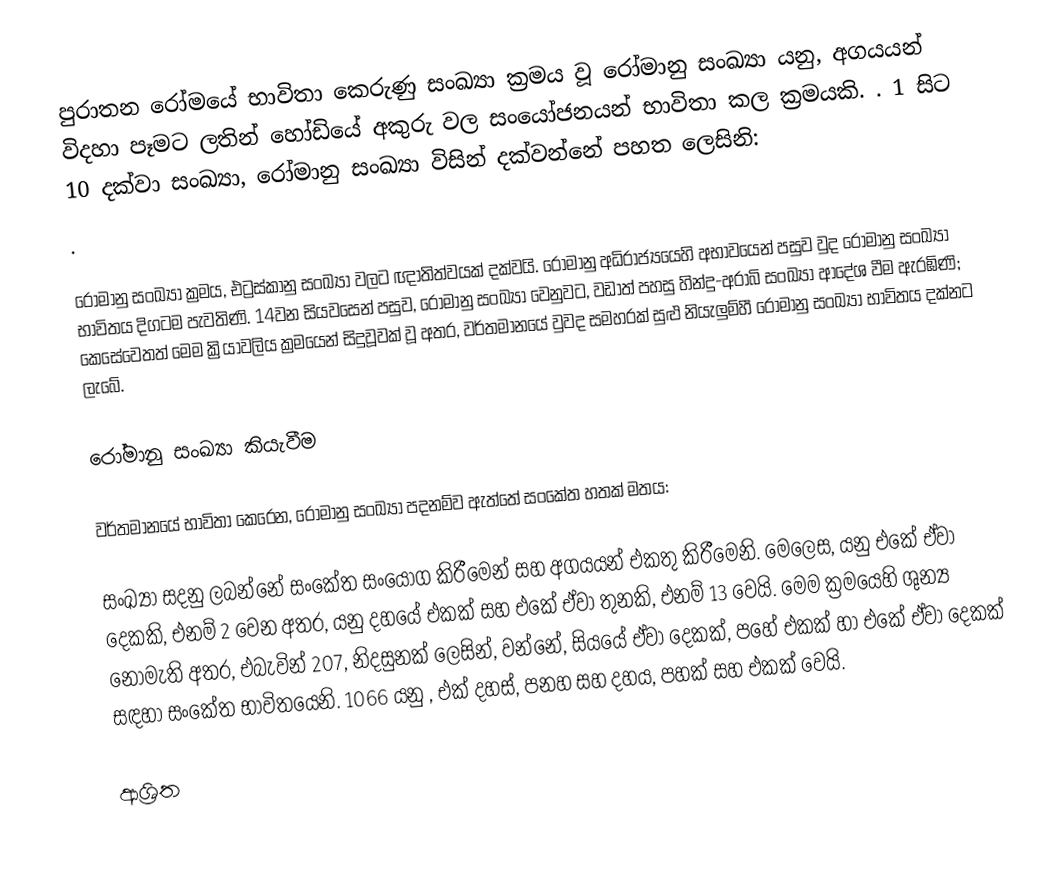
පුරාතන රෝමයේ භාවිතා කෙරුණු සංඛ්‍යා ක්‍රමය වූ රෝමානු සංඛ්‍යා යනු, අගයයන් විදහා පෑමට ලතින් හෝඩියේ අකුරු වල සංයෝජනයන් භාවිතා කල ක්‍රමයකි. .  1 සිට 10 දක්වා සංඛ්‍යා, රෝමානු සංඛ්‍යා විසින් දක්වන්නේ පහත ලෙසිනි:
.

රෝමානු සංඛ්‍යා ක්‍රමය,  එට්‍රස්කානු සංඛ්‍යා වලට ඥාතිත්වයක් දක්වයි. රෝමානු අධිරාජ්‍යයෙහි අභාවයෙන් පසුව වුද රෝමානු සංඛ්‍යා භාවිතය දිගටම පැවතිණි.  14වන සියවසෙන් පසුව, රෝමානු සංඛ්‍යා වෙනුවට, වඩාත් පහසු  හින්දු-අරාබි සංඛ්‍යා ආදේශ වීම ඇරඹිණි; කෙසේවෙතත් මෙම ක්‍රියාවලිය ක්‍රමයෙන් සිදුවූවක් වූ අතර, වර්තමානයේ වුවද සමහරක් සුළු නියැලුම්හී රෝමානු සංඛ්‍යා භාවිතය දක්නට ලැබේ.

රෝමානු සංඛ්‍යා කියැවීම

වර්තමානයේ භාවිතා කෙරෙන, රෝමානු සංඛ්‍යා පදනම්ව ඇත්තේ සංකේත හතක් මතය:

සංඛ්‍යා සදනු ලබන්නේ සංකේත සංයෝග කිරීමෙන් සහ අගයයන් එකතු කිරීමෙනි. මෙලෙස,   යනු එකේ ඒවා දෙකකි, එනම් 2 වෙන අතර,  යනු දහයේ එකක් සහ එකේ ඒවා තුනකි, එනම්  13 වෙයි. මෙම ක්‍රමයෙහි ශුන්‍ය නොමැති අතර, එබැවින් 207, නිදසුනක් ලෙසින්,  වන්නේ, සියයේ ඒවා දෙකක්, පහේ එකක් හා එකේ ඒවා දෙකක් සඳහා සංකේත භාවිතයෙනි. 1066 යනු  , එක් දහස්, පනහ සහ දහය, පහක් සහ එකක් වෙයි.

ආශ්‍රිත